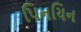
પિનયિન